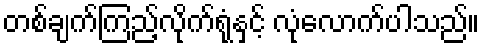
တစ်ချက်ကြည့်လိုက်ရုံနှင့် လုံလောက်ပါသည်။